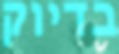
בדיוק